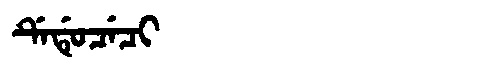
Manchu: ᡩᡝᡩᡠᠴᡝᠴᡳ
Romanization: DEDUCECI